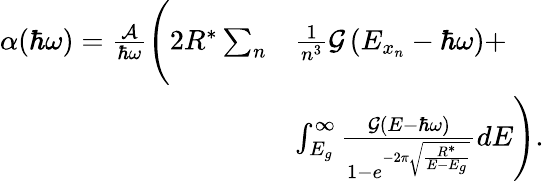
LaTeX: \begin{array}{rl}{\alpha(\hbar\omega)=\frac{\mathcal{A}}{\hbar\omega}\Bigg(2R^{*}\sum_{n}}&{\frac{1}{n^{3}}\mathcal{G}\left(E_{x_{n}}-\hbar\omega\right)+}\\ &{\int_{E_{g}}^{\infty}\frac{\mathcal{G}\left(E-\hbar\omega\right)}{1-e^{-2\pi\sqrt{\frac{R^{*}}{E-E_{g}}}}}dE\Bigg).}\end{array}